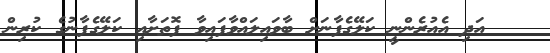
އަދި އެއުރެންނީ ކަލޭގެފާނަށް ބާވައިލައްވާފައިވާ ފޮތަށާއި ކަލޭގެފާނުގެ ކުރިން